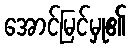
အောင်မြင်မှု၏